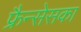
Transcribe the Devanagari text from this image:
फ्रैन्सेसका